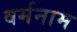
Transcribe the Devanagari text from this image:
वर्मनाम